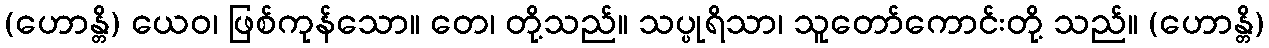
(ဟောန္တိ) ယေဝ၊ ဖြစ်ကုန်သော။ တေ၊ တို့သည်။ သပ္ပုရိသာ၊ သူတော်ကောင်းတို့ သည်။ (ဟောန္တိ)